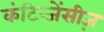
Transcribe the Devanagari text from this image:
कंटिन्जेंसीज़